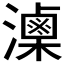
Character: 𤂈